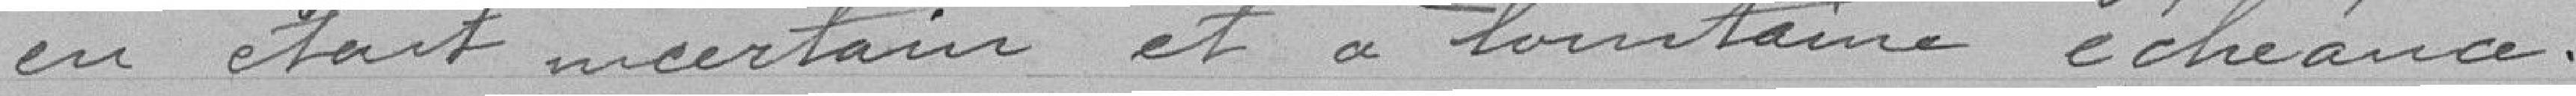
en était incertain et à lointaine échéance